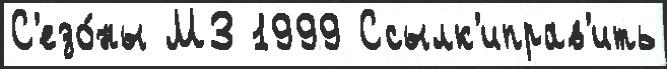
С'езо́ны МЗ 1999 Ссылк'иправ'ить